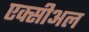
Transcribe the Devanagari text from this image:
एक्सीअल